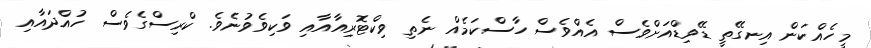
މީހެއްކަން އިނގޭތީ ޑޭވިޑްއަށްވެސް އެއްވެސް ހާސްކަމެއް ނެތި ވިކްޓޮރިއާއާއި ވަކިވެވުނެވެ. ކްރިސްގެވެސް ހުއްދައާއި